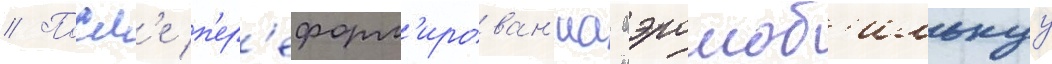
// Посл'е п'ер'еформ'ирован'иа аэромоб'ильнуу